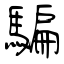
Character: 騙